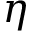
\eta